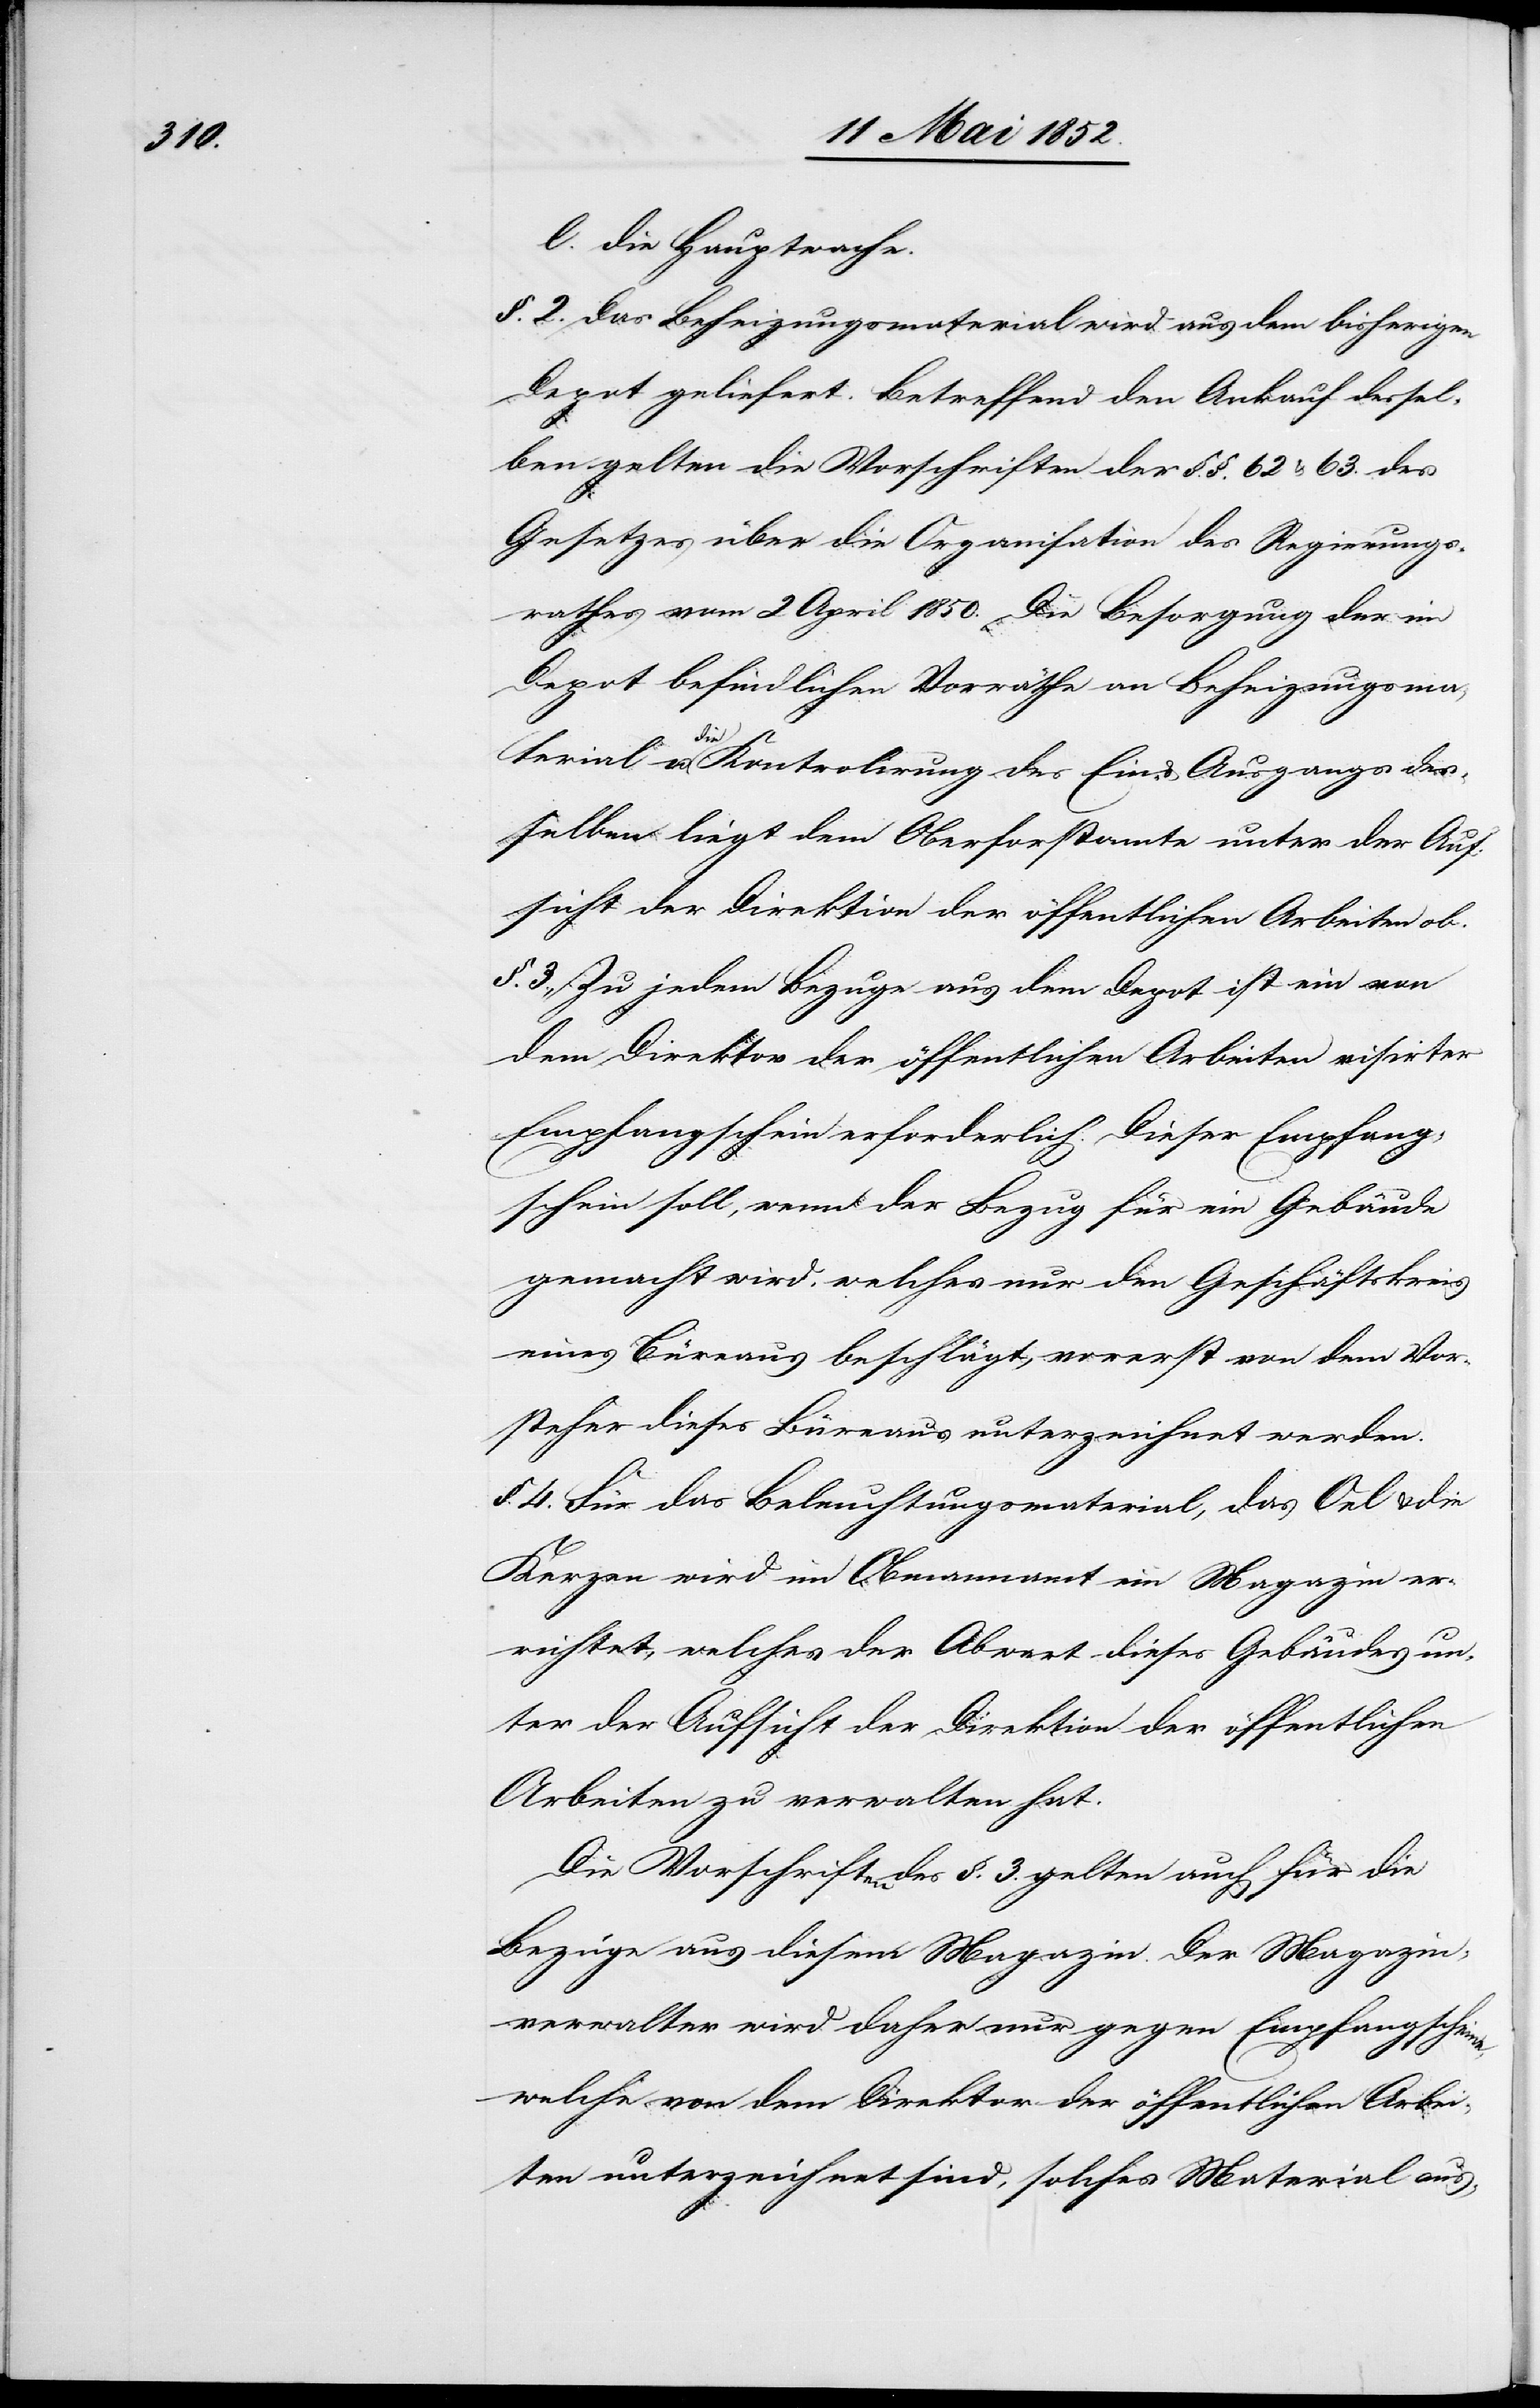
§. 2. Das Beheizungsmaterial wird aus dem bisherigen
Depot geliefert. Betreffend den Ankauf dessel¬
ben gelten die Vorschriften der §.§. 62 & 63. des
Gesetzes über die Organisation des Regierungs¬
rathes vom 2 April 1850. Die Besorgung der im
Depot befindlichen Vorräthe an Beheizungsma¬
die
terial u. die Kontrolirung des Ein- & Ausgangs des¬
selben liegt dem Oberforstamte unter der Auf¬
sicht der Direktion der öffentlichen Arbeiten ob.
§. 3., Zu jedem Bezuge aus dem Depot ist ein von
dem Direktor der öffentlichen Arbeiten visirter
Empfangschein erforderlich. Dieser Empfang¬
schein soll, wenn der Bezug für ein Gebäude
gemacht wird, welches nur den Geschäftskreis
eines Büreaus beschlägt, vorerst von dem Vor¬
steher dieses Büreaus unterzeichnet werden.
§. 4. Für das Beleuchtungsmaterial, das Oel & die
Kerzen wird im Obmannamt ein Magazin er¬
richtet, welches der Abwart dieses Gebäudes un¬
ter der Aufsicht der Direktion der öffentlichen
Arbeiten zu verwalten hat.
Die Vorschriften des §. 3. gelten auch für die
Bezüge aus diesem Magazin. Der Magazin¬
verwalter wird daher nur gegen Empfangscheine,
welche von dem Direktor der öffentlichen Arbei¬
ten unterzeichnet sind, solches Material aus-